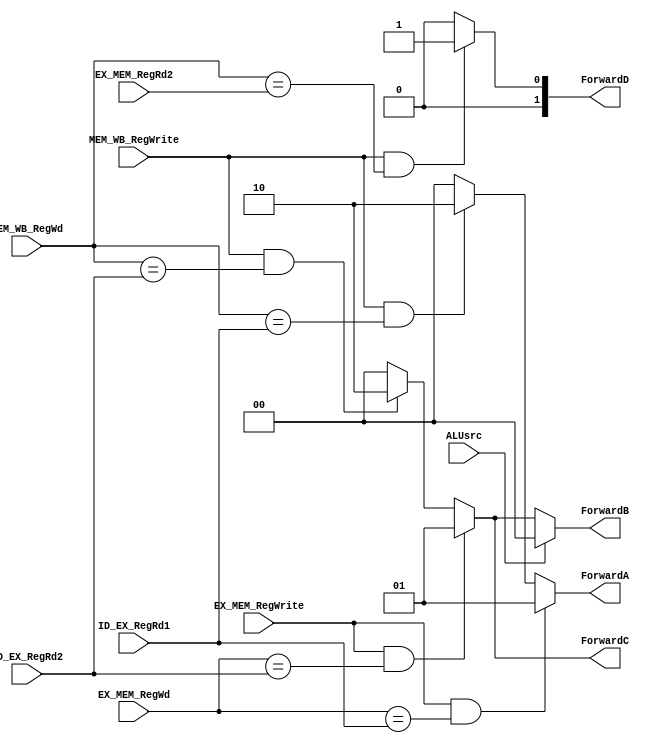
module ForwardingUnit(
    input [3:0] EX_MEM_RegWd,
    input [3:0] MEM_WB_RegWd,
    input EX_MEM_RegWrite,
    input MEM_WB_RegWrite,
    input [3:0] ID_EX_RegRd1,
    input [3:0] ID_EX_RegRd2,
    input [3:0] EX_MEM_RegRd2,
    output [1:0] ForwardA,
    output [1:0] ForwardB,
    output [1:0] ForwardC, // for half bit mask
    output [1:0] ForwardD, // for mem stage
    input ALUsrc
);

assign ForwardA = (EX_MEM_RegWrite & (EX_MEM_RegWd == ID_EX_RegRd1)) ? 2'b01 :
                  (MEM_WB_RegWrite & (MEM_WB_RegWd == ID_EX_RegRd1)) ? 2'b10 :
                  2'b00;

assign ForwardB = (ALUsrc == 0) ? ((EX_MEM_RegWrite & (EX_MEM_RegWd == ID_EX_RegRd2)) ? 2'b01 :
                  (MEM_WB_RegWrite & (MEM_WB_RegWd == ID_EX_RegRd2)) ? 2'b10 :
                  2'b00) : 2'b00;

assign ForwardC = (EX_MEM_RegWrite & (EX_MEM_RegWd == ID_EX_RegRd2)) ? 2'b01 :
                  (MEM_WB_RegWrite & (MEM_WB_RegWd == ID_EX_RegRd2)) ? 2'b10 :
                  2'b00;

assign ForwardD = (MEM_WB_RegWrite & (MEM_WB_RegWd == EX_MEM_RegRd2)) ? 2'b01 :
                  2'b00;

endmodule